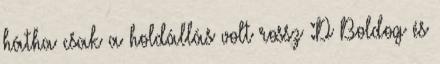
hátha csak a holdállás volt rossz :D Boldog és